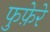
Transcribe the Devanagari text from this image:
फुफ़ेरे